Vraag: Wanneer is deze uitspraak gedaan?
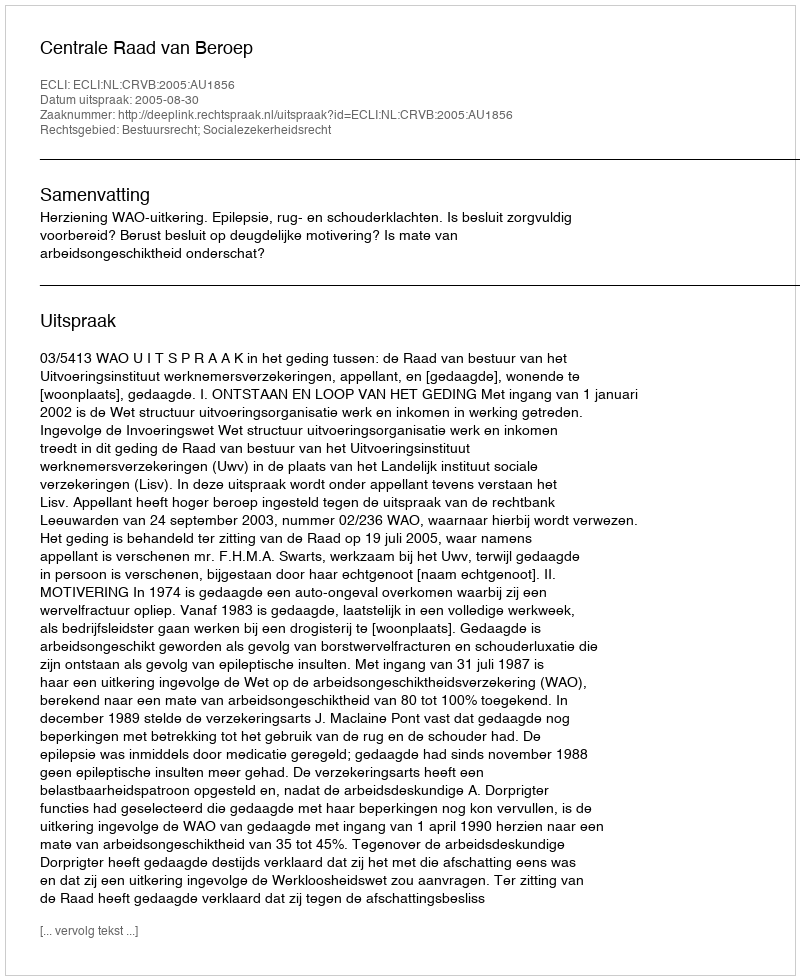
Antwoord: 2005-08-30